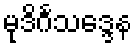
မုဒိင်္ဂသဒ္ဒေန